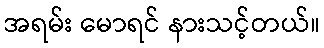
အရမ်း မောရင် နားသင့်တယ်။